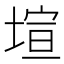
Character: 塇